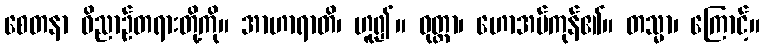
စေတနာ ဝိညာဉ်တရားတို့ကို။ အာဟာရာတိ၊ ဟူ၍။ ဝုတ္တာ၊ ဟောအပ်ကုန်၏။ တသ္မာ၊ ကြောင့်။